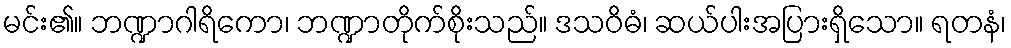
မင်း၏။ ဘဏ္ဍာဂါရိကော၊ ဘဏ္ဍာတိုက်စိုးသည်။ ဒသဝိဓံ၊ ဆယ်ပါးအပြားရှိသော။ ရတနံ၊